Medical and sanitary report of the native army of Bengal for the year
Year: 1874
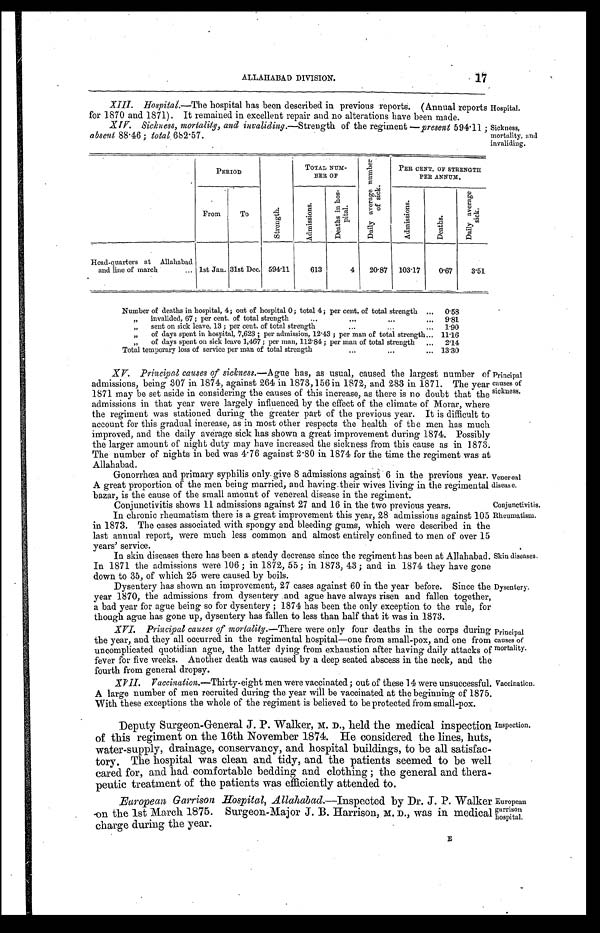
Venereal
disease.
Conjunctivitis.
Rheumatism.
1717
ALLAHABAD DIVISION.
XIII. Hospital.—The hospital has been described in previous reports. (Annual reports
for 1870 and 1871). It remained in excellent repair and no alterations have been made.
Hospital.
XIV. Sickness, mortality, and invaliding.— Strength of the regiment present 594.11;
absent 88.46; total 682.57.
PERIOD
S t r e n g t h .
TOTAL NUM-
BER OF
D a i l y a v e r a g e n u m b e r o f s i c k .
PER CENT. OF STRENGTH
PER ANNUM.
From
To
A d m i s s i o n s .
D e a t h s i n h o s - p i t a l .
A d m i s s i o n s .
D e a t h s .
D a i l y a v e r a g e s i c k .
Head-quarters at Allahabad
and line of march
. . . 1st Jan. 31st Dec. 594.11
613
4
20.87 103.17
0.67
3.51
Number of deaths in hospital, 4; out of hospital 0; total 4; per cent. of total strength . . .
0.58
" invalided, 67; per cent. of total strength . . .
9.81
" s e n t o n s i c k l e a v e , 1 3 ; p e r c e n t . o f t o t a l s t r e n g t h . . .
1.90
" of days spent in hospital, 7,623; per admission, 12.43; per man of total strength . . 11.16
" of days spent on sick leave 1,467; per man, 112.84; per man of total strength . . .
2.14
Total temporary loss of service per man of total strength . . .
13.30
Sickness,
mortality, and
invaliding.
XV. Principal causes of sickness.— Ague has, as usual, caused the largest number of
admissions, being 307 in 1874, against 264 in 1873,156 in 1872, and 283 in 1871. The year
1871 may be set aside in considering the causes of this increase, as there is no doubt that the
admissions in that year were largely influenced by the effect of the climate of Morar, where
the regiment was stationed during the greater part of the previous year. It is difficult to
account for this gradual increase, as in most other respects the health of the men has much
improved, and the daily average sick has shown a great improvement during 1874. Possibly
the larger amount of night duty may have increased the sickness from this cause as in 1873.
The number of nights in bed was 4.76 against 2.80 in 1874 for the time the regiment was at
Allahabad.
Gonorrhœa and primary syphilis only give 8 admissions against 6 in the previous year
.
A great proportion of the men being married, and having their wives living in the regimental
bazar, is the cause of the small amount of venereal disease in the regiment.
Conjunctivitis shows 11 admissions against 27 and 16 in the two previous years.
In chronic rheumatism there is a great improvement this year, 28 admissions against 105
in 1873. The cases associated with spongy and bleeding gums, which were described in the
last annual report, were much less common and almost entirely confined to men of over 15
y e a r s ' s e r v i c e .
In skin diseases there has been a steady decrease since the regiment has been at Allahabad.
In 1871 the admissions were 106; in 1872, 55; in 1873, 43; and in 1874 they have gone
down to 35, of' which 25 were caused by boils.
Dysentery has shown an improvement, 27 cases against 60 in the year before. since the
year 1870, the admissions from dysentery and ague have always risen and fallen together,
a bad year for ague being so for dysentery; 1874 has been the only exception to the rule, for
though ague has gone up, dysentery has fallen to less than half that it was in 1873.
XVI. Principal causes of mortality.—There were only four deaths in the corps during
t h e y e a r , a n d t h e y a l l o c c u r r e d i n t h e r e g i m e n t a l h o s p i t a l —o n e f r o m s m a l l - p o x , a n d o n e f r o m
uncomplicated quotidian ague, the latter dying from exhaustion after having daily attacks of
fever for five weeks. Another death was caused by a deep seated abscess in the neck, and the
fourth from general dropsy.
XVII. Vaccination.—Thirty-eight men were vaccinated; out of these 14 were unsuccessful
. A large number of men recruited during the year will be vaccinated at the beginning of 1875.
With these exceptions the whole of the regiment is believed to be protected from small-pox.
Deputy Surgeon-General J. P. Walker, M. D., h e l d t h e m e d i c a l i n s p e c t i o n
of this regiment on the 16th November 1874. He considered the lines, huts,
water-supply, drainage, conservancy, and hospital buildings, to be all satisfac--
tory. The hospital was clean and tidy, and the patients seemed to be well
cared for, and had comfortable bedding and clothing; the general and thera
- peutic treatment of the
p a t i e n t s w a s e f f i c i e n t l y a t t e n d e d t o .
European Garrison Hospital, Allahabad.—Inspected by Dr. J . P. Walker
on the 1st March 1875. Surgeon-Major J. B. Harrison, M. D., was in medical
charge during the year.
Principal
causes of
sickness.
Skin diseases.
Dysentery.
Principal
causes of
mortality.
Vaccination.
Inspection.
European
garrison
hospital.